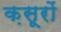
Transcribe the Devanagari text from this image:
क़सूरों